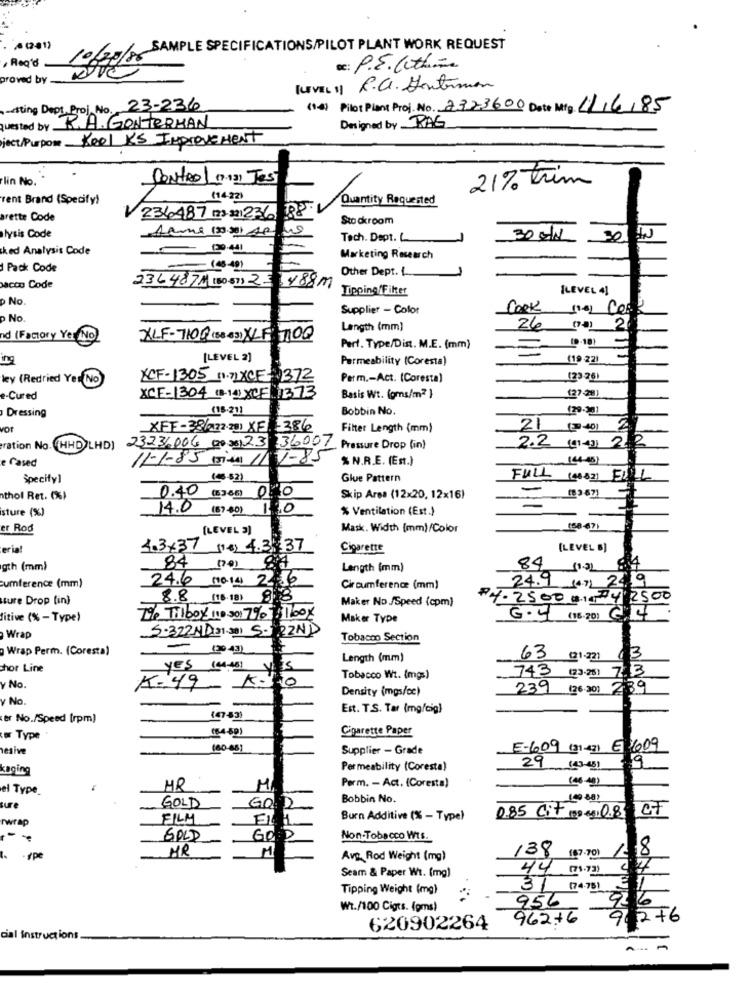
Reg'd
20086SAMPLE SPECIFICATIONS/PILOT PLANT WORK REQUEST
sc: P.S. Within
proved by
[LEVEL 11 R.C. Hontimon
-sting Dept. Proj No. 23-236
(14) Pilot Plant Proj. No. 2323600 Date Mig 11/6/85
quested by R.A. GONTERMAN
Designed by RAG
ject/Purpose Keel KS Improvement
lin No.
Control (13) Jest
21% Trim
rent Brand (Specify)
Quantity Requested
arette Code
236487 (23 321 236 88.
Sto ckroom
lysis Code
30 MIN
30
ked Analysis Code
-
Marketing Research
Pack Code
-198-91
Other Dept. L.
2364871 (50-57) 2-3488M
acto Code
Tipping/Filter
(LEVEL 4]
p No.
Supplier - Color
Cook
p No.
Length (mm)
26
05) 2
nd (Factory Yer No)
XLF-7100 (58 (3) LF 7100
Part. Type/Dist. M.E. (mm)
ing
[LEVEL 2]
Permeability (Coresta)
(19 22)
ley (Redried Yer No
XCF-1305 1.71XCE- 1372
Perm .- Act. (Coresta)
(23 -26)
e-Cured
XCF-1304 (8-14) XCF 1373
Basis Wt. (gms/m2 }
(27 -28)
Dressing
(18-21)
Bobbin No.
129-38]
vor
XFF-38/122-28) XF: 386
Filter Length (mm)
21 (40)
2.2 (1-4) 22
ration No. (HHD)LHD)
23236006 00 35123
36007 Pressure Drop (in)
e Cased
11-1-85 (s) 11V-8
% N.R.E. (Est.)
(44-45)
Specify]
(4-82)
Glue Pattern
FULL (48-82)
FILL
thol Ret. (%)
0.40 (33 65) 0.0
Skip Arsa (12x20, 12x16)
(8 3 67)
sture (%)
14.0 (5)-80)
,0
% Ventilation (Est.)
er Rod
[LEVEL 3]
Mask. Width [mm)/Color
(58-67)
eria
4.3x37 (16) 4.3 37
Cigarette
(LEVEL B]
gth (mm)
84 1701
Length (mm)
84 11.22
24.9 (47) 24.19
cumference (mm)
24.6 (10. 14) 2.36
Circumference (mm)
ture Drop (in)
8.8 (16.18) 83
Maker No./Speed (cpm)
$4. 2500 0.1. 4 2500
G.4 (18:20) 64
fitive (% - Type)
7% Tilboy LIP 501 7% 1box
Maker Type
S-322ND(31.301 5- 22ND
Wrap
Tobacco Section
Wrap Perm. (Coresta)
120.431
Length (mm)
63 (@1.221
13
hor Line
Yes into y
743 (23-25) 7:13
0
Tobacco Wt. (mgs)
y No.
K-49
Density (mgs/cc)
239 (26.30) 289
y No.
Est. T.S. Tar (mg/cig)
er No./Speed [rpm)
(47-53
(54-89)
Cigarette Paper
tør Type
hesive
(60-65)
Supplier - Grade
E-609 (31 43) E 1609
kaging
Permeability (Coresta)
29 (40-45)
19
(48-9)
el Type_
HR
M
Perm. - Act. (Coresta)
GOLD
GOD
Bobbin No.
sure
rwrap
FILM
F1
Burn Additive (% - Type)
085 Cit (2) eg) 08 CT
GOOD
GOLD
Non-Tobacco Wts.
MR
.rpe
Avg Rod Weight (mg)
138 (67.70) /1
Seam & Paper Wt. (mg)
44 (71.73) 27
Tipping Weight (mg)
3 (74 .75)
956
Wt./100 Cigts. (gms)
962.+6
9. 2+6
620902264
cial instructions.
.... .